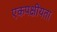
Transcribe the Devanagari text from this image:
एकपक्षीयता